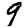
Digit: 9